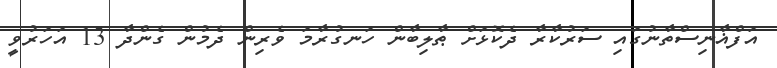
އަފްޣާނިސްތާނުގައި ސަރުކާރާ ދެކޮޅަށް ޠާލިބާން ހަނގުރާމަ ވެރިން ދެމުން ގެންދާ 13 އަހަރުވީ